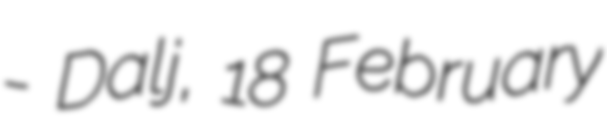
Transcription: - Dalj, 18 February